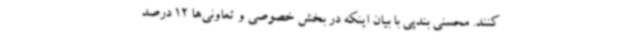
کنند. محسنی بندپی با بیان اینکه در بخش خصوصی و تعاونی‌ها 12 درصد